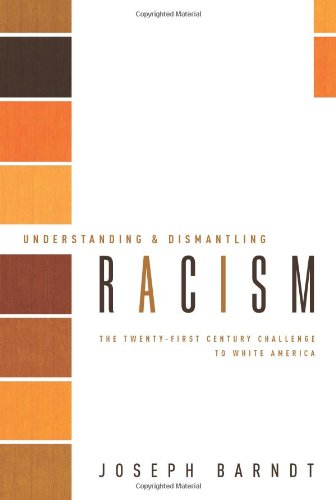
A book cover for Understanding and Dismantling Racism: The Twenty-First Century Challenge to White America (Facets); Joseph Barndt; Religion & Spirituality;